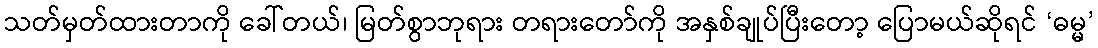
သတ်မှတ်ထားတာကို ခေါ်တယ်၊ မြတ်စွာဘုရား တရားတော်ကို အနှစ်ချုပ်ပြီးတော့ ပြောမယ်ဆိုရင် ‘ဓမ္မ’